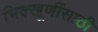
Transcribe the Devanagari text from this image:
भिक्खूणींसाठी